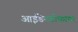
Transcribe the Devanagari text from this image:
आईडेनटीफायर